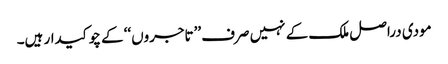
مودی دراصل ملک کے نہیں صرف ’’تاجروں‘‘ کے چوکیدار ہیں۔